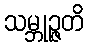
သမ္ဘုဉ္ဇတိ